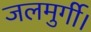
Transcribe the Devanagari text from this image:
जलमुर्गी।